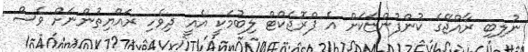
ނުލިބި ރާއްޖޭގެ ކުންފުންޏަކަށް އެ ޕްރޮޖެކްޓް ލިބުމަކީ އެއީ ދިވެހި ރައްޔިތުންނަށް ވެސް